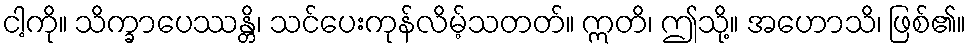
ငါ့ကို။ သိက္ခာပေဿန္တိ၊ သင်ပေးကုန်လိမ့်သတတ်။ ဣတိ၊ ဤသို့။ အဟောသိ၊ ဖြစ်၏။